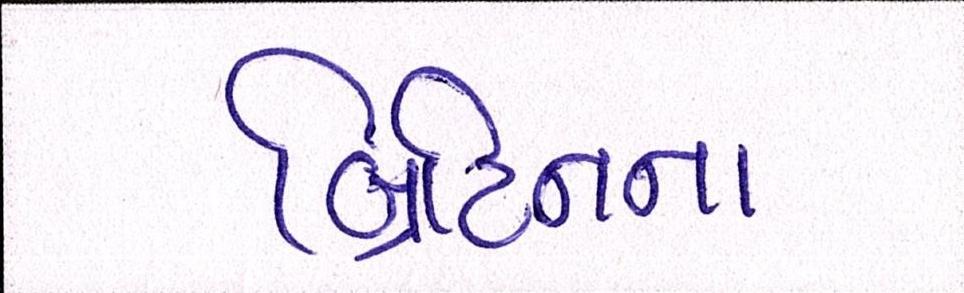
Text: બ્રિટિનના